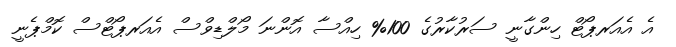
އެ އެއަރޕޯޓް ހިންގާނީ ސަރުކާރުގެ 100% ހިއްސާ އޮންނަ މޯލްޑިވްސް އެއަރޕޯޓްސް ކޮމްޕެނީ